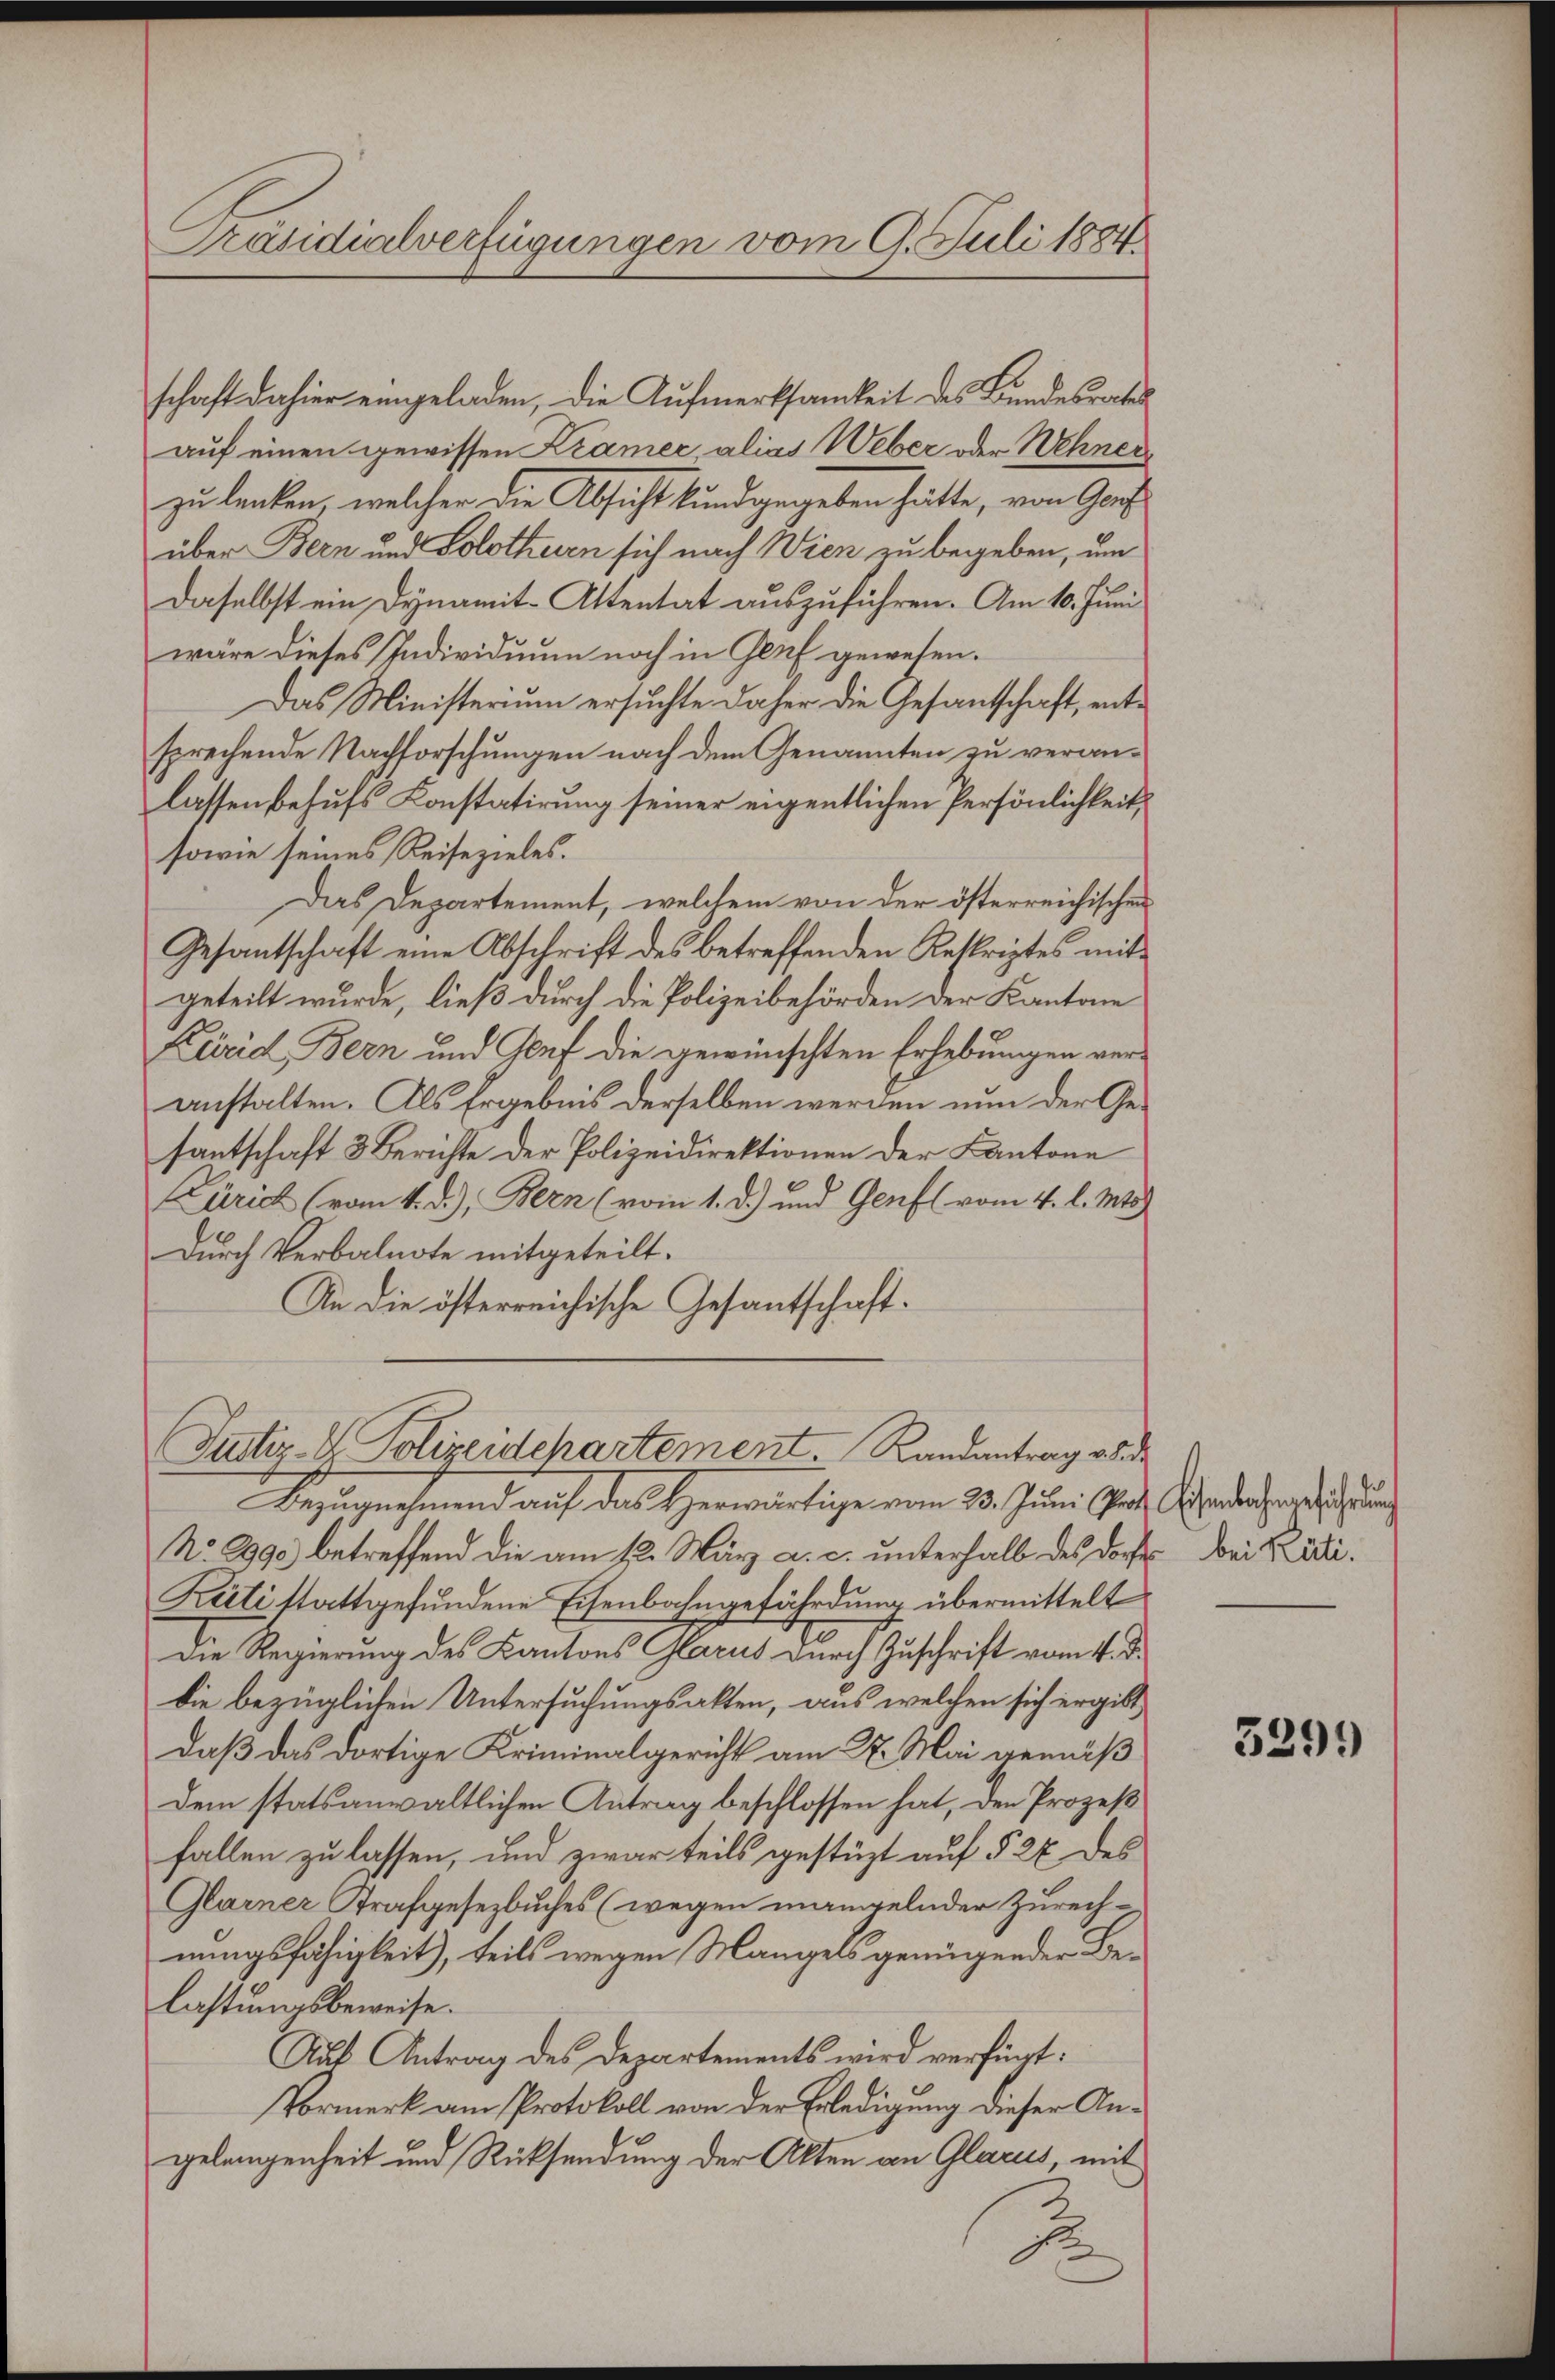
schaft dahier eingeladen, die Aufmerksamkeit des Bundesrates
auf einen gewissen Kramer, alias Weber oder Wehners
zu lenken, welcher die Absicht kundgegeben hätte, von Genf
über Bern und Solothurn sich nach Wien zu begeben, um
daselbst ein Dynamit-Attentat auszuführen. Am 10. Juni
wäre dieses Individuum noch in Genf gewesen.
Das Ministerium ersuchte daher die Gesandtschaft, entsprechende Nachforschungen nach dem Genannten zu veranlassen behufs Konstatirung seiner eigentlichen Persönlichkeit,
sowie seines Reisezieles.
Das Departement, welchem von der österreichischen
Gesantschaft eine Abschrift des betreffenden Reskriptes mit
geteilt wurde, ließ durch die Polizeibehörden der Kantone
Kucid Bern und Genf die gewünschten Erhebungen veranstalten. Als Ergebnis derselben werden nun der Gesantschaft 3 Berichte der Polizeidirektionen der Kantone
Zürich (vom 4. d.), Bern (vom 1. d.) und Genf vom 4. l. Ms
Durch Verbalnote mitgeteilt.
An die österreichische Gesantschaft.

Präsidialverfügungen vom 9. Juli 1884

Justiz- & Polizeidepartement. Randantrag von de

Bezugnehmend auf das Herwärtige vom 23. Juni Prof. Handern herrlicherun
No. 2990 betreffend die am 12. März a. c. unterhalb des dort bei di
Kati stattgefundene Eisenbahngefährdung übermittelt
Die Regierung des Kantons Glarus durch Zuschrift vom 4. d.
die bezüglichen Untersuchungsakten, aus welchen sich ergibt
Daß das dortige Kriminalgericht am 27. Mai gemäß
Dem statsanwaltlichen Antrag beschlossen hat, den Prozeß
fallen zu lassen, und zwar teils gestüzt auf § 27 des
Glarner Strafgesezbuches (wegen mangelnder Zurechnungsfähigkeit, teils wegen Mangels genügender Belastungsbeweise.
Auf Antrag des Departements wird verfügt:
Vormerk am Protokoll von der Erledigung dieser Angelangenheit und Rücksendung der Akten an Glarus, mit
F

3291